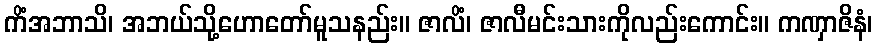
ကိံအဘာသိ၊ အဘယ်သို့ဟောတော်မူသနည်း။ ဇာလိံ၊ ဇာလီမင်းသားကိုလည်းကောင်း။ ကဏှာဇိနံ၊